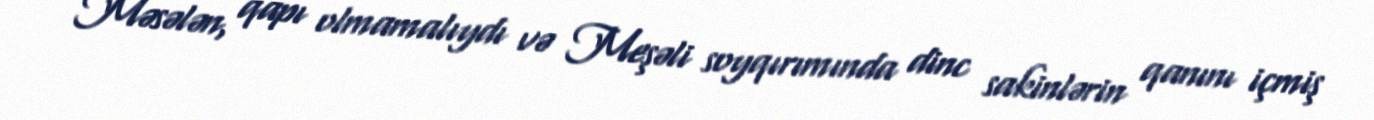
Məsələn, qapı olmamalıydı və Meşəli soyqırımında dinc sakinlərin qanını içmiş